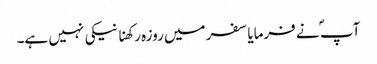
آپ ؐ نے فرمایا سفر میں روزہ رکھنا نیکی نہیں ہے۔